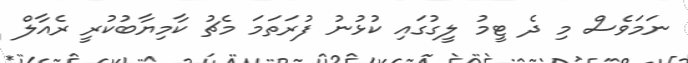
ނަމަވެސް މި ދެ ޓީމު ލީގުގައި ކުޅުނު ފުރަތަމަ މެޗު ކާމިޔާބުކުރީ ރެއާލް